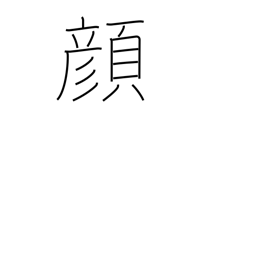
Meaning: expression